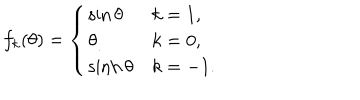
LaTeX: f _ { k } ( \theta ) = \left\{ \begin{array} { l l } { { \sin \theta } } & { { k = 1 , } } \\ { { \theta } } & { { k = 0 , } } \\ { { \sinh \theta } } & { { k = - 1 . } } \\ \end{array} \right.